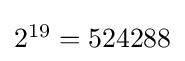
{\textstyle 2^{19}=524288}